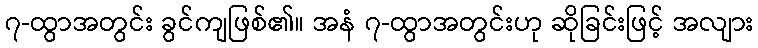
၇-ထွာအတွင်း ခွင်ကျဖြစ်၏။ အနံ ၇-ထွာအတွင်းဟု ဆိုခြင်းဖြင့် အလျား